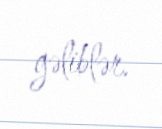
gəliblər.